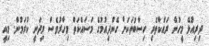
ދިރިއުޅޭ މީހުން ރައްކާތެރި ހިސާބުތަކަށް ގެންދިއުމުގެ މަސައްކަތް މިހާރުވެސް މިދަނީ ކުރަމުން. މިއީ